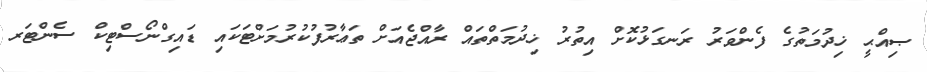
ޞިއްޙީ ޚިދުމަތުގެ ފެންވަރު ރަނގަޅުކޮށް އިތުރު ޚިދުމަތްތައް ރާއްޖެއަށް ތަޢާރުފުކުރުމަށްޓަކައި ޑައިގްނޯސްޓިކް ސެންޓަރ